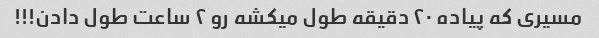
مسیری که پیاده ۲۰ دقیقه طول میکشه رو ۲ ساعت طول دادن!!!